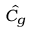
\hat { C } _ { g }